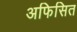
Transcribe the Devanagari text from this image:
अफिसित